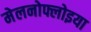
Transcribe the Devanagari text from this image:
मेलनोफ्लोइया